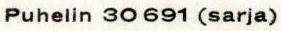
Puhelin 30 691 (sarja)